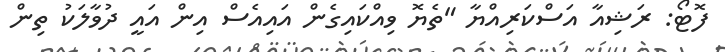
ފޮޓޯ: ރަޝިއާ އަސްކަރިއްޔާ "ތެޔޮ ވިއްކައިގެން އައިއެސް އިން އައީ ދުވާލަކު ތިން